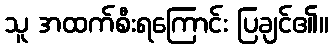
သူ အထက်စီးရကြောင်း ပြချင်၏။